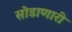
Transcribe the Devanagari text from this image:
सोडाणारी